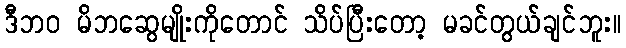
ဒီဘဝ မိဘဆွေမျိုးကိုတောင် သိပ်ပြီးတော့ မခင်တွယ်ချင်ဘူး။